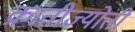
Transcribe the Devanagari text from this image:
क्रांतीज्योती